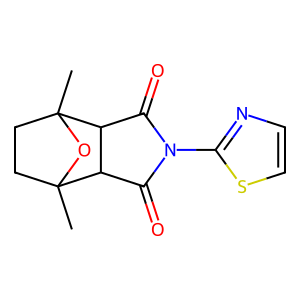
SMILES: CC12CCC(C)(O1)C1C(=O)N(c3nccs3)C(=O)C12
Inhibits HIV replication: No